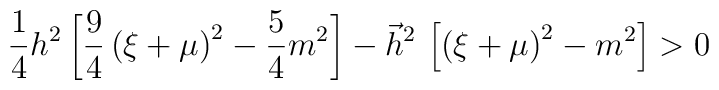
\frac 14h^2\left[ \frac 94\left( \xi +\mu \right) ^2-\frac 54m^2\right]-\vec h^2\,\left[ \left( \xi +\mu \right) ^2-m^2\right] >0